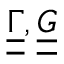
\underline { { \underline { { \Gamma } } } } , \underline { { \underline { { G } } } }